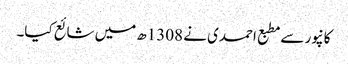
کانپور سے مطبع احمدی نے 1308ھ میں شائع کیا۔